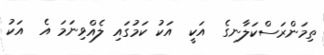
ތިމަންރަސްކަލާނގެ  އަކީ  އަކު ކަމުގައި ލެއްވިނަމަަ އެ  އަކު